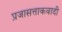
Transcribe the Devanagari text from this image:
प्रजासत्ताकवादी